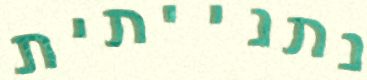
נתנייתית